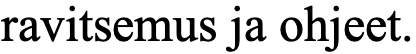
ravitsemus ja ohjeet.